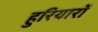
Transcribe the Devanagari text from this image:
हुरियारों